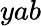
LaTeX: yab